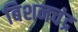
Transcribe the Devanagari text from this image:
बिशनचंद्र